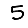
Digit: 5